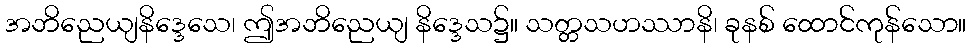
အဘိညေယျနိဒ္ဒေသေ၊ ဤအဘိညေယျ နိဒ္ဒေသ၌။ သတ္တသဟဿာနိ၊ ခုနစ် ထောင်ကုန်သော။